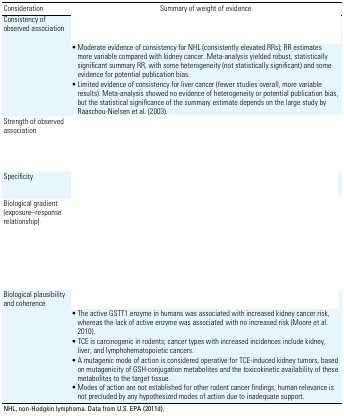
<table><thead><tr><td><b>Consideration</b></td><td><b>Summary of weight of evidence</b></td></tr></thead><tbody><tr><td rowspan="3">Consistency of observed association</td><td>[EMPTY_CELL]</td></tr><tr><td>Moderate evidence of consistency for NHL (consistently elevated RRs); RRestimates more variable compared with kidney cancer. Meta-analysisyielded robust, statistically significant summary RR, with someheterogeneity (not statistically significant) and some evidence forpotential publication bias.</td></tr><tr><td>Limited evidence of consistency for liver cancer (fewer studies overall,more variable results). Meta-analysis showed no evidence ofheterogeneity or potential publication bias, but the statisticalsignificance of the summary estimate depends on the large study byRaaschou-Nielsen et al. (2003). </td></tr><tr><td>Strength of observed association</td><td>[EMPTY_CELL]</td></tr><tr><td>Specificity</td><td>[EMPTY_CELL]</td></tr><tr><td>Biological gradient (exposure–response relationship)</td><td>[EMPTY_CELL]</td></tr><tr><td rowspan="5">Biological plausibility and coherence</td><td>[EMPTY_CELL]</td></tr><tr><td>The active GSTT1 enzyme in humans was associated with increased kidneycancer risk, whereas the lack of active enzyme was associated with noincreased risk (Moore et al. 2010).</td></tr><tr><td>TCE is carcinogenic in rodents; cancer types with increased incidencesinclude kidney, liver, and lymphohematopoietic cancers.</td></tr><tr><td>A mutagenic mode of action is considered operative for TCE-inducedkidney tumors, based on mutagenicity of GSH-conjugation metabolites andthe toxicokinetic availability of these metabolites to the targettissue.</td></tr><tr><td>Modes of action are not established for other rodent cancer findings;human relevance is not precluded by any hypothesized modes of action dueto inadequate support.</td></tr><tr><td colspan="2">NHL, non-Hodgkin lymphoma. Data from U.S. EPA (2011d).</td></tr></tbody></table>